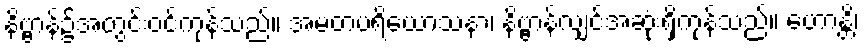
နိဗ္ဗာန်၌အတွင်းဝင်ကုန်သည်။ အမတပရိယောသနာ၊ နိဗ္ဗာန်လျှင်အဆုံးရှိကုန်သည်။ ဟောန္တိ၊